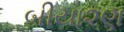
બીયા૨ણ